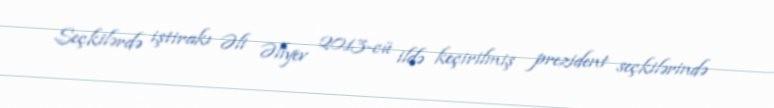
Seçkilərdə iştirakı Əli Əliyev 2013-cü ildə keçirilmiş prezident seçkilərində